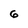
Character: 6